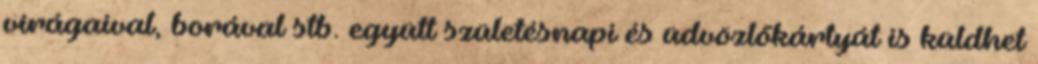
virágaival, borával stb. együtt születésnapi és üdvözlőkártyát is küldhet